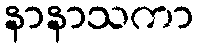
နာနာသကာ